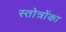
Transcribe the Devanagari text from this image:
स्तोत्रोंका